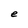
Character: e